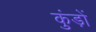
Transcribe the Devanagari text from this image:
कुंड़ों